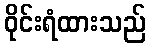
ဝိုင်းရံထားသည်